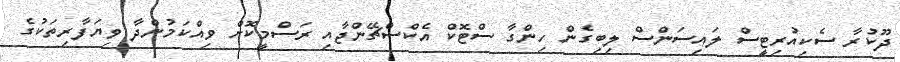
ދޫކުރާ ސެކިއުރިޓީސް ލައިސަންސް ލިބިގެން ހިންގާ ސްޓޮކް އެކްސްޗޭންޖާއި ރަސްމީކޮށް ވިއްކަމުންދާ ވިޔަފާރިތަކުގެ